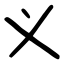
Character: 义